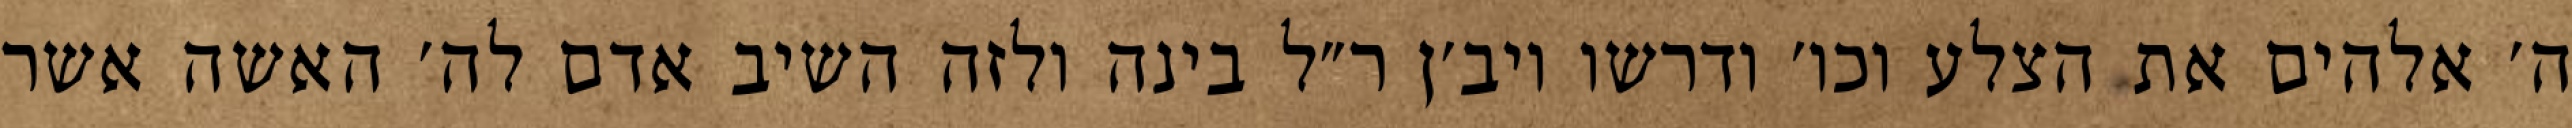
ה׳ אלהים את הצלע וכו׳ ודרשו ויב׳ן ר״ל בינה ולזה השיב אדם לה׳ האשה אשר